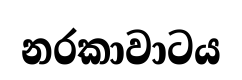
නරකාවාටය